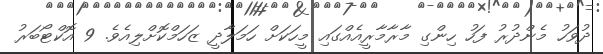
ދުވަހު މެންދުރު ފަހު ހިންގި މާރާމާރީއެއްގައި މީހަކަށް ހަމަލާދީ ޒަހަމްކޮށްލިއެވެ. 9 އޮކްޓޯބަރު